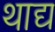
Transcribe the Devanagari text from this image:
थाद्य